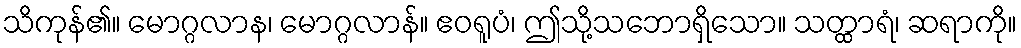
သိကုန်၏။ မောဂ္ဂလာန၊ မောဂ္ဂလာန်။ ဧဝရူပံ၊ ဤသို့သဘောရှိသော။ သတ္ထာရံ၊ ဆရာကို။